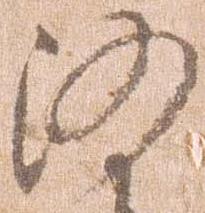
沙